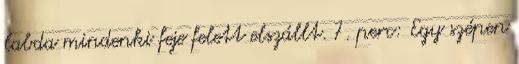
labda mindenki feje felett elszállt. 7. perc: Egy szépen